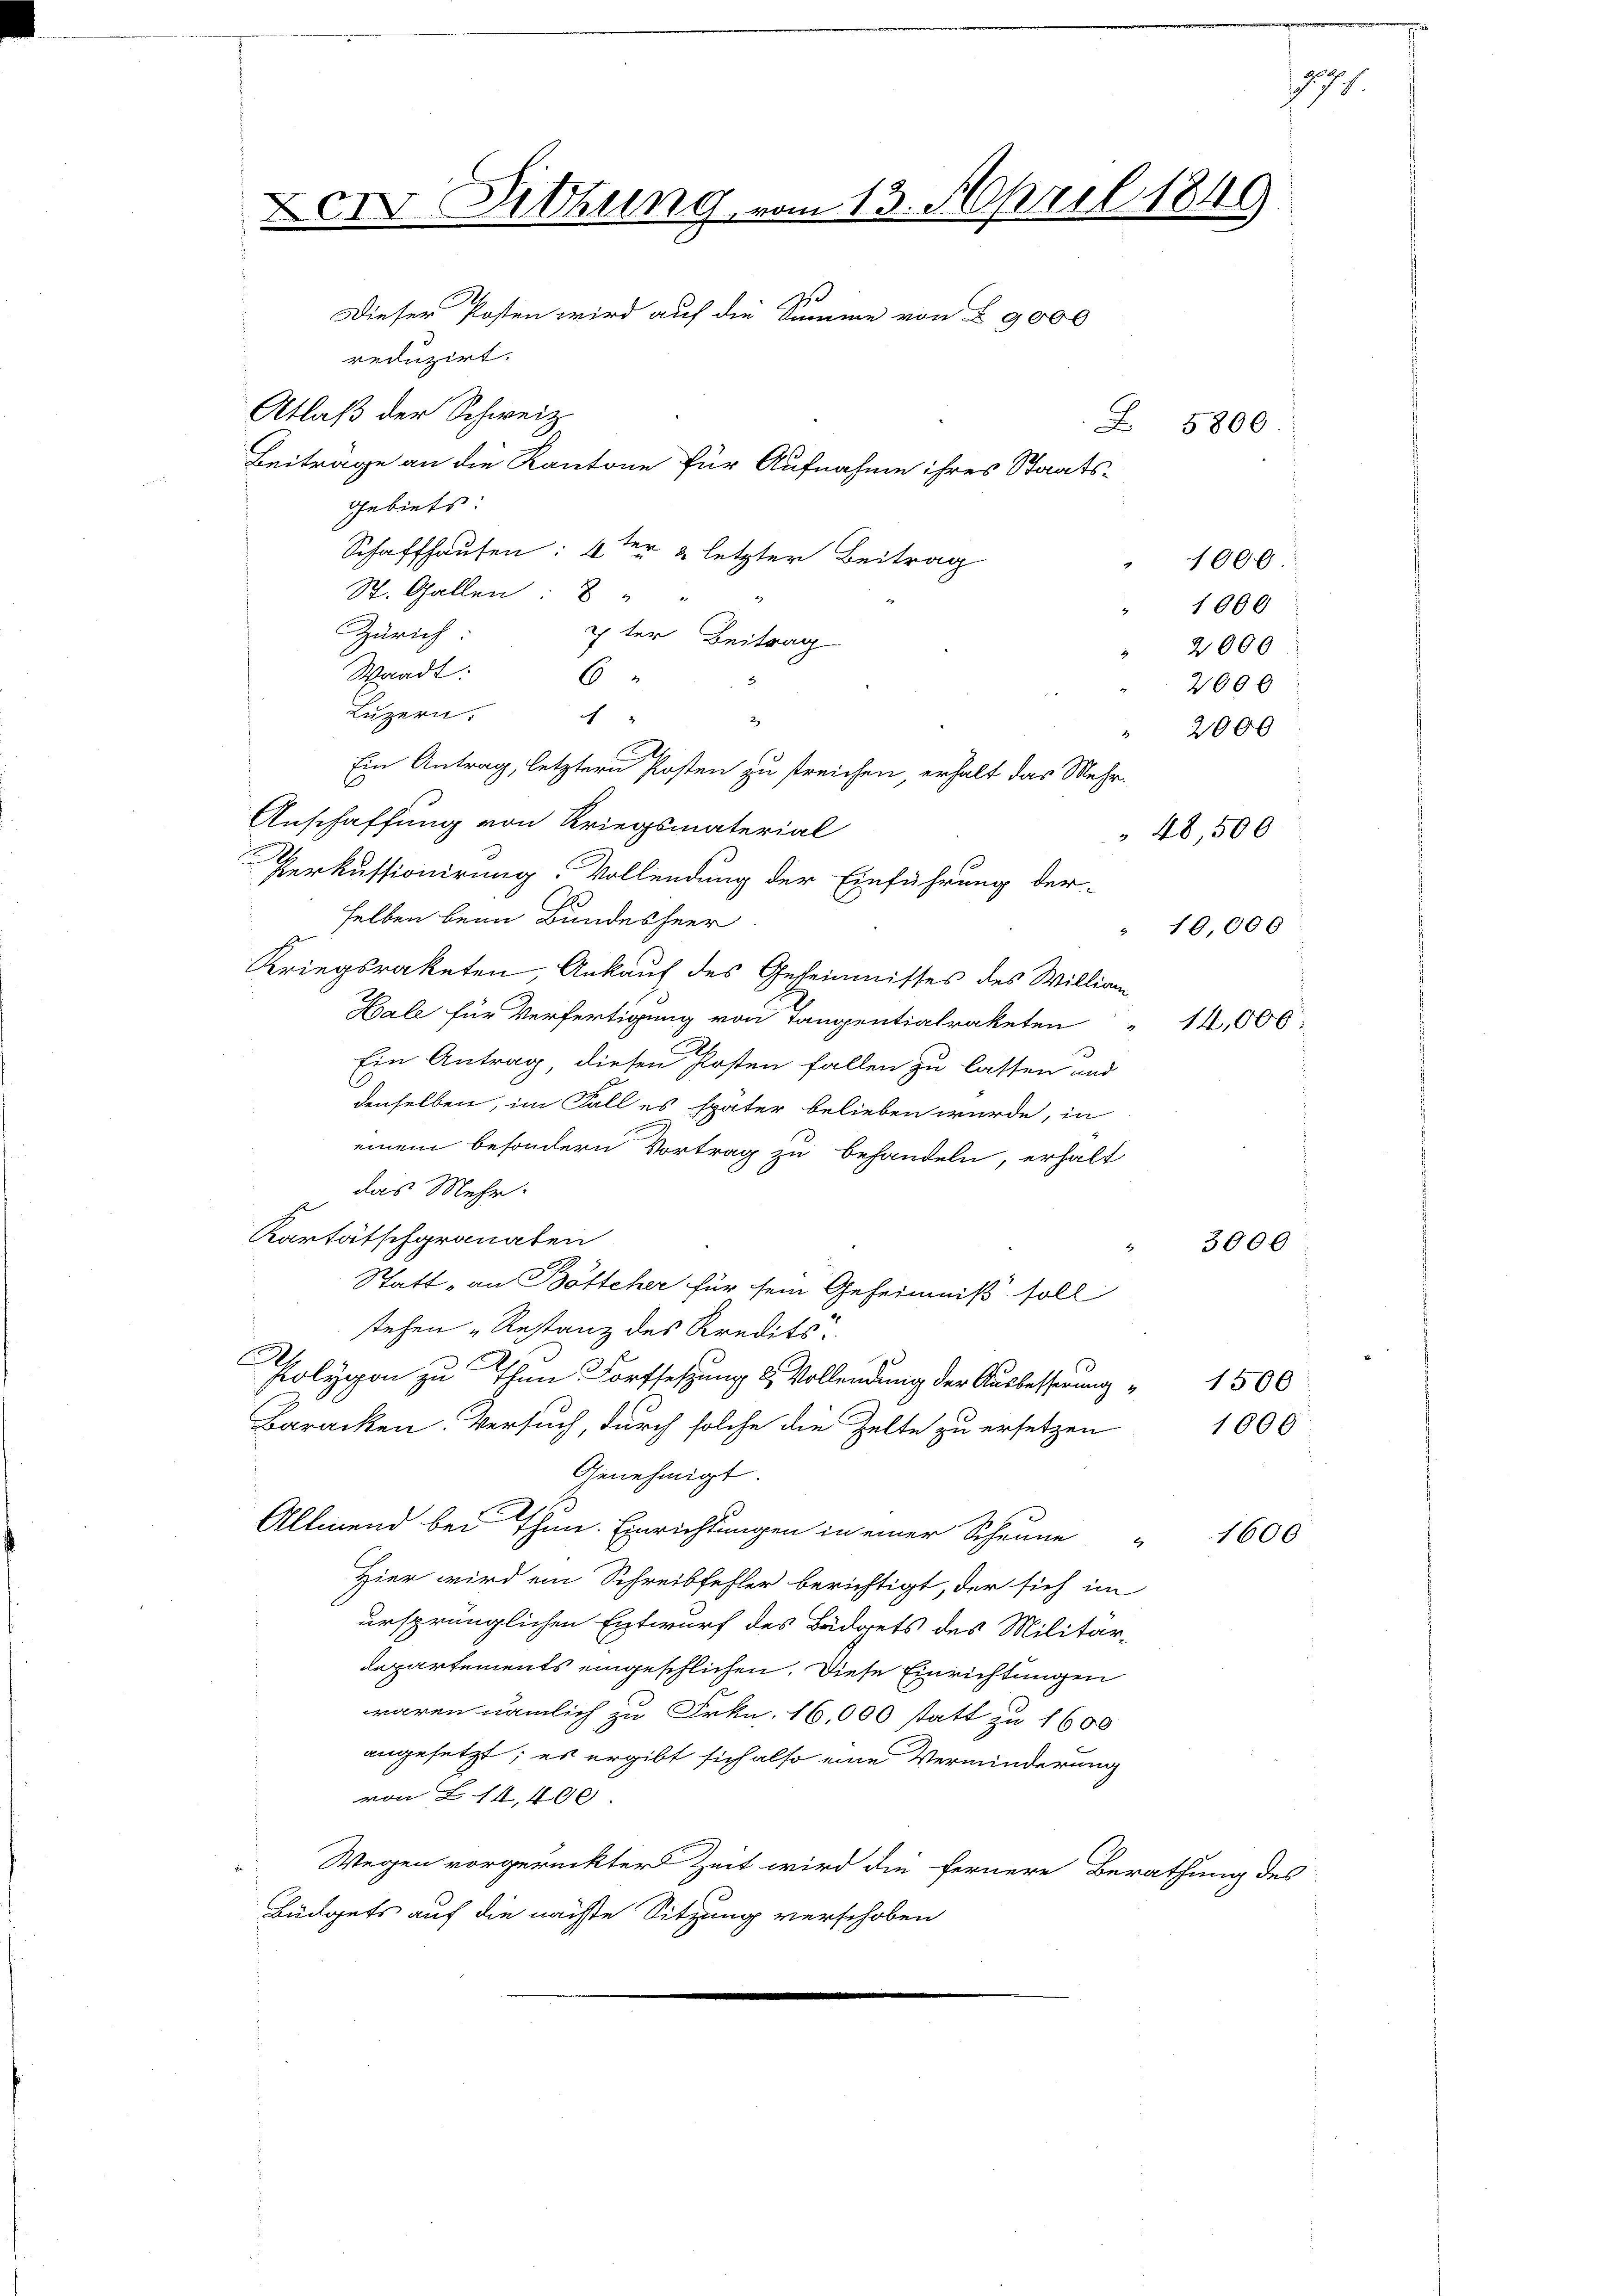
Der Sitzung vom 13. April 1849.
s
Dieser Posten wird auf die Samme von § 9000
reduzirt.
Atlaß der Schweiz
Z. 5800
Beitrage an die Kantone für Aufnahme ihres Staats¬
Gebiets.
Schaffhausen: 4ter 2 letzter Beitrag
" 1000

St. Gallen:
Zürich
7ter Beitrag
Waadt:
6
Luzern.
"
2)
Ein Antrag, letztern Posten zu streichen, erhalt das Mehr-
Anschaffung von Kriegsmaterial
2
Perkussionirung. Vollendung der Einführung der-
selben beim Bundesheer
Kriegsrateten, Ankauf des Geheimnisses des Willian
Hale für Verfertigung von Tangentialraketen " 14,000
Ein Antrag diesen Posten fallen zu lassen und
denselben, im Fall es später belieben würde, in
einem besondern Vortrag zu behandeln, erhält
das Mehr
Kartätschgranaten
Statt „an Böttcher für sein Geheimniß soll
stehen Restanz des Kredits.
d
Polygon zu Ihn Fortsetzung & Vollendung der Ausbesserung
Baracken. Versuch durch solche die Zelte zu ersetzen
Genehmigt.
Allmend bei Ihn. Einrichtungen in einer Scheune
Hier wird ein Schreibfehler berichtigt, der sich im
ursprünglichen Entwurf des Büdgets des Militärdepartements eingeschlichen. Diese Einrichtungen
waren nämlich zu Frkn. 16,000 statt zu 1600
angesetzt; es ergibt sich also eine Verminderung
von § 14, 400
Wegen vorgerückter Zeit wird die fernere Be-
Büdgets auf die nächste Sitzung verschoben

4

" 1000
2000
4000
48,500.
19,000

2000

3000

1500
1000

1191

1600

athung des